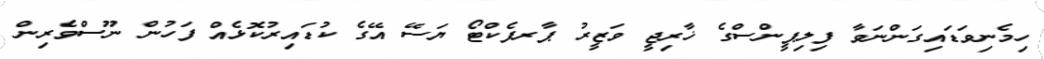
ހިމެނިވަޑައިގަންނަވާ ފިލިޕީންސްގެ ޚާރިޖީ ވަޒީރު ޕާރފެކްޓޯ ޔަސޭ އޭގެ ކުޑައިރުކޮޅެއް ފަހުން ނޫސްވެރިން